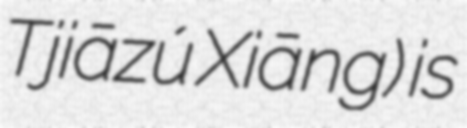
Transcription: Tǔjiāzú Xiāng) is